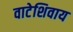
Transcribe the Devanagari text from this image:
वाटेशिवाय